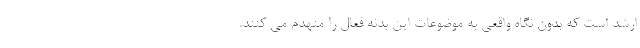
ارشد است که بدون نگاه واقعی به موضوعات این بدنه فعال را منهدم می کنند.